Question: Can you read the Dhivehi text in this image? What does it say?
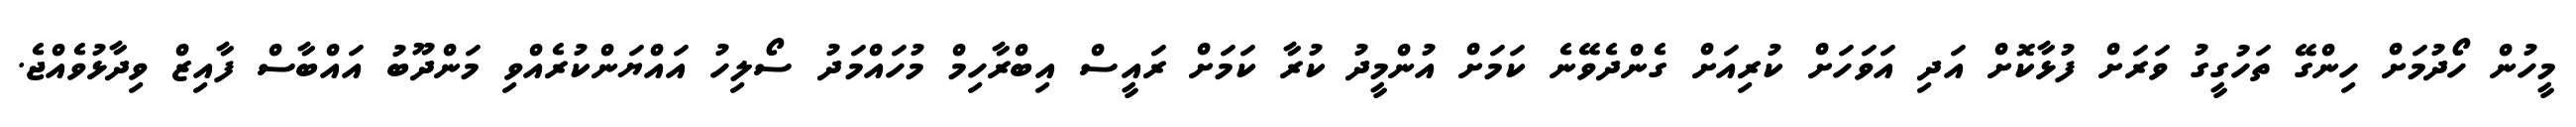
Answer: މީހުން ހޯދުމަށް ހިންގޭ ތަހުގީގު ވަރަށް ފުޅާކޮށް އަދި އަވަހަށް ކުރިއަށް ގެންދެވޭނެ ކަމަށް އުންމީދު ކުރާ ކަމަށް ރައީސް އިބްރާހިމް މުހައްމަދު ސޯލިހު އައްޔަންކުރެއްވި މަންދޫބު އައްބާސް ފާއިޒް ވިދާޅުވެއްޖެ.